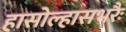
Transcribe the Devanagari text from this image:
हासोल्हासभरैः